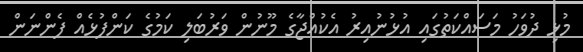
މުޅި ދުވަހު މަސައްކަތުގައި އުޅުނުއިރު އެކުއްޖާގެ މޫނުން ވަރުބަލި ކަމުގެ ކަންފުޅެއް ފެންނަން